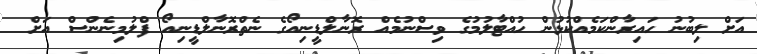
އަށް ލިބުނު ހައިރާންކަމެއްކުޅުން ހުއްޓާލުމުގެ ވިސްނުމެއް ރޮނާލްޑީނިއޯގެ ނެތްރޮނާލްޑީނިއޯ ފްލުމިނެންސް އަށް